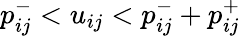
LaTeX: p_{ij}^{-}<u_{ij}<p_{ij}^{-}+p_{ij}^{+}